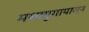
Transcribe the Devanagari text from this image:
मध्ययुगापासून